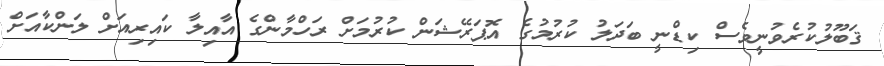
ޤަބޫލުކުރެވުނީވެސް ކިޑްނީ ބަދަލު ކުރުމުގެ އޮޕަރޭޝަން ކުރުމަށް ރަހްމާންގެ އާއިލާ ކައިރިއަށް ލަންކާއަށް